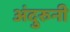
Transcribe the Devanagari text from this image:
अंदुरुनी